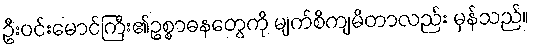
ဦးဝင်းမောင်ကြီး၏ဥစ္စာဓနတွေကို မျက်စိကျမိတာလည်း မှန်သည်။